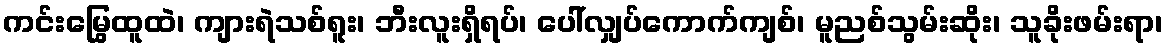
ကင်းမြွေထူထဲ၊ ကျားရဲသစ်ရူး၊ ဘီးလူးရှိရပ်၊ ပေါ်လျှပ်ကောက်ကျစ်၊ မူညစ်သွမ်းဆိုး၊ သူခိုးဖမ်းရာ၊